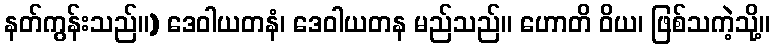
နတ်ကွန်းသည်။) ဒေဝါယတနံ၊ ဒေဝါယတန မည်သည်။ ဟောတိ ဝိယ၊ ဖြစ်သကဲ့သို့။